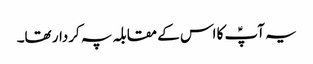
یہ آپؑ کا اس کے مقابلہ پہ کردار تھا۔